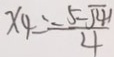
x _ { 4 } = \frac { - 5 - \sqrt { 4 1 } } { 4 }